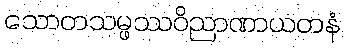
သောတသမ္ဖဿဝိညာဏာယတနံ